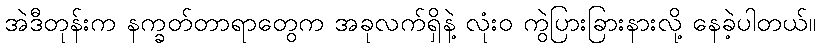
အဲဒီတုန်းက နက္ခတ်တာရာတွေက အခုလက်ရှိနဲ့ လုံးဝ ကွဲပြားခြားနားလို့ နေခဲ့ပါတယ်။